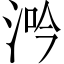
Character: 𣵴